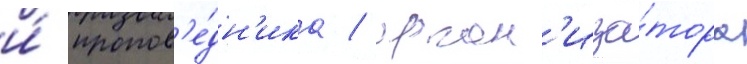
и́ пропов'е́дн'ика / орган'иза́тора